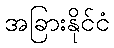
အခြားနိုင်ငံ